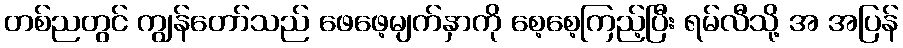
တစ်ညတွင် ကျွန်တော်သည် ဖေဖေ့မျက်နှာကို စေ့စေ့ကြည့်ပြီး ရမ်လီသို့ အ အပြန်